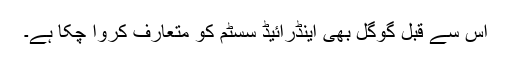
اس سے قبل گوگل بھی اینڈرائیڈ سسٹم کو متعارف کروا چکا ہے۔